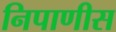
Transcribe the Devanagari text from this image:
निपाणीस